Medical and sanitary report of the native army of Madras for the year
Year: 1878
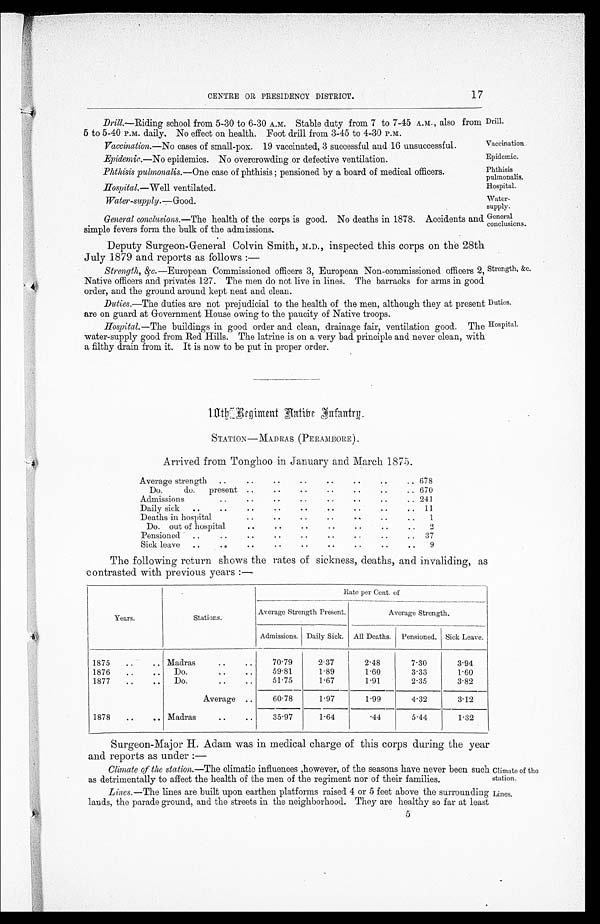
Drill.
Vaccination
Epidemic.
Phthisis
pulmonalis.
Hospital.
W a t e r - s u p p l y .
General
conclusions.
Duties.
Hospital.
Climate of the
station.
Iines.
17
CENTRE OR PRESIDENCY DISTRICT.
Drill.—Riding school from 5-30 to 6-30 A.M. Stable duty from 7 to 7-45 A.M., also from
5 to 5-40 rm. daily. No effect on health. Foot drill from 3-45 to 4-30 P.M.
Vaccination.—No cases of small-pox. 19 vaccinated, 3 successful and 16 unsuccessful.
Epidemic.—No epidemics. No overcrowding or defective ventilation.
Phthisis pulmonalis.— One case of phthisis ; pensioned by a board of medical officers.
Hospital.—Well ventilated.
Water-supply.
—
Good.
General conclusions.—The health of the corps is good. No deaths in 1878. Accidents and
simple fevers form the bulk of the admissions.
Deputy Surgeon-General Colvin Smith, M.D., inspected this corps on the 28th
July 1879 and reports as follows :—
Strength, &c.—European Commissioned officers 3, European Non-commissioned officers 2.
Native officers and privates 127. The men do not live in lines. The barracks for arms in good
order, and the ground around kept neat and clean.
Duties.—The duties are not prejudicial to the health of the men, although they at present
are on guard at Government House owing to the paucity of Native troops.
Hospital.— The buildings in good order and clean, drainage fair, ventilation good. The
water-supply good from Red. Hills. The latrine is on a very bad principle and never clean, with
a filthy drain from it. It is now to be put in proper order.
1 0 t h R e g i m e n t N a t i v e I n f a n t r y
STATION—MADRAS (PERAMBORE).
Arrived from Tonghoo in January and March 1875.
Average strength .. .. .. .. .. .. .. ..
6 7 8
Do.
do. present ..
..
.. .. .. .. ..
6 7 0
Admissions
..
..
..
..
..
..
..
..
2 4 1
Daily sick ..
..
..
..
..
..
..
..
.. 11
Deaths in hospital
..
..
..
..
..
..
..
1
Do. out of hospital
Pensioned ..
..
..
..
..
..
..
..
..
.. .. .. .. .. .. ..
2 37
.. S i c k L e a v e
.. .. .. .. .. .. .. ..
9
Strength, &c.
The following return shows the, rates of sickness, deaths, and invaliding, as
Contrasted with Previous years :
—
Rate per Cent. of
Years.
Stations.
Average Strength Present.
Average Strength.
Admissions. Daily Sick. All Deaths. Pensioned. Sick Leave.
1875
..
.. Madras
.. ..
7 0 . 7 9
2.37
2.48
7.30
3.94
1876
..
.. Do.
..
..
59.81
1.89
1.60
3.33
1.60
1877
..
..
Do
..
..
51.75
1.67
1.91
2.35
3.82
Average ..
60.78
1.97
1.99
4.32
3.12
1878
..
.. Madras
..
..
35.97
1.64
.44
5.44
1.32
Surgeon-Major H. Adam was in medical charge of this corps during the year
and reports as under
:—
Climate of the station.— The climatic influences ,however, of the seasons have never been such
as detrimentally to affect the health of the men of the regiment nor of their families.
Lines.—The lines are built upon earthen platforms raised 4 or 5 feet above the surrounding
lands, the parade ground, and the streets in the neighborhood. They are healthy so far at least
5